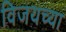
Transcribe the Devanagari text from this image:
विजयच्या